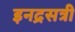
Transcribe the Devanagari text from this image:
इनद्रसत्री